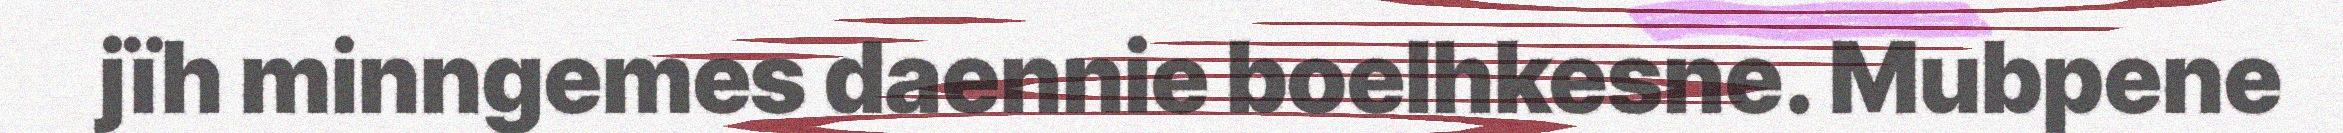
jïh minngemes daennie boelhkesne. Mubpene